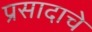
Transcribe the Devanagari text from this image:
प्रसादाचे